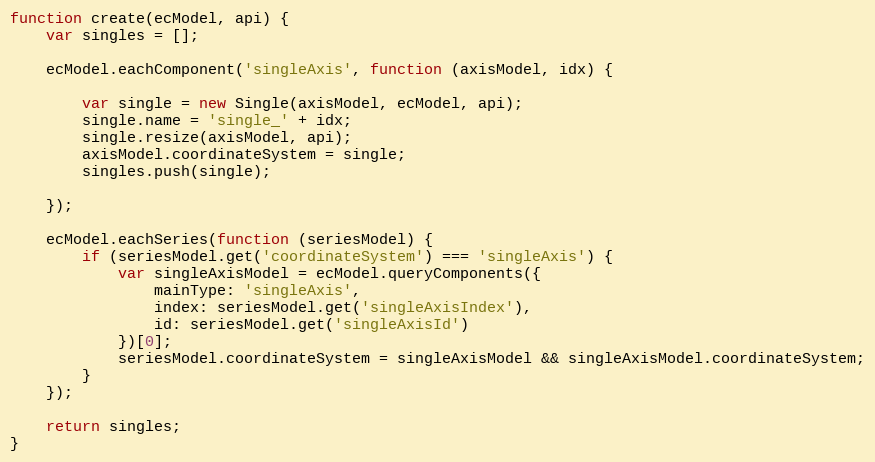
Language: JavaScript
function create(ecModel, api) {
    var singles = [];

    ecModel.eachComponent('singleAxis', function (axisModel, idx) {

        var single = new Single(axisModel, ecModel, api);
        single.name = 'single_' + idx;
        single.resize(axisModel, api);
        axisModel.coordinateSystem = single;
        singles.push(single);

    });

    ecModel.eachSeries(function (seriesModel) {
        if (seriesModel.get('coordinateSystem') === 'singleAxis') {
            var singleAxisModel = ecModel.queryComponents({
                mainType: 'singleAxis',
                index: seriesModel.get('singleAxisIndex'),
                id: seriesModel.get('singleAxisId')
            })[0];
            seriesModel.coordinateSystem = singleAxisModel && singleAxisModel.coordinateSystem;
        }
    });

    return singles;
}